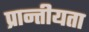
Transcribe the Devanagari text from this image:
प्रान्तीयता